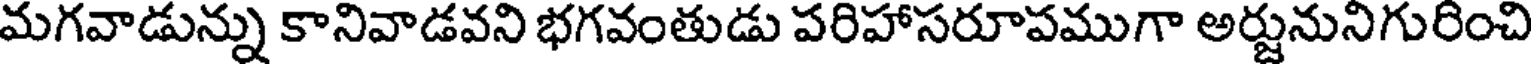
మగవాడున్ను కానివాడవని భగవంతుడు పరిహాసరూపముగా అర్జునునిగురించి